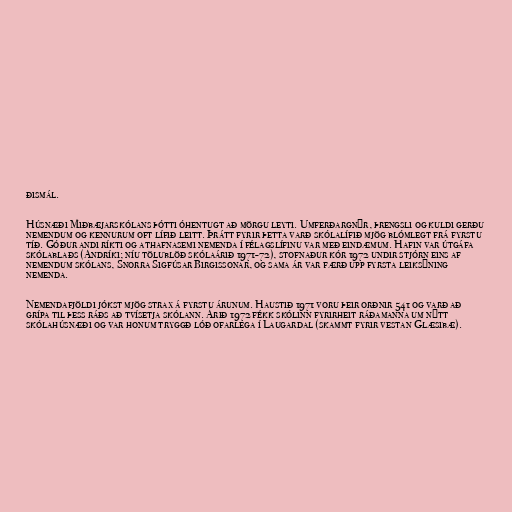
ðismál.

Húsnæði Miðbæjarskólans þótti óhentugt að mörgu leyti. Umferðargnýr, þrengsli og kuldi gerðu
nemendum og kennurum oft lífið leitt. Þrátt fyrir þetta varð skólalífið mjög blómlegt frá fyrstu
tíð. Góður andi ríkti og athafnasemi nemenda í félagslífinu var með eindæmum. Hafin var útgáfa
skólablaðs (Andríki; níu tölublöð skólaárið 1971-72), stofnaður kór 1972 undir stjórn eins af
nemendum skólans, Snorra Sigfúsar Birgissonar, og sama ár var færð upp fyrsta leiksýning
nemenda.

Nemendafjöldi jókst mjög strax á fyrstu árunum. Haustið 1971 voru þeir orðnir 541 og varð að
grípa til þess ráðs að tvísetja skólann. Árið 1972 fékk skólinn fyrirheit ráðamanna um nýtt
skólahúsnæði og var honum tryggð lóð ofarlega í Laugardal (skammt fyrir vestan Glæsibæ).